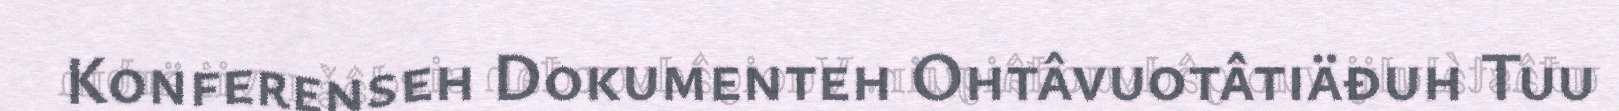
Konferenseh Dokumenteh Ohtâvuotâtiäđuh Tuu